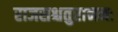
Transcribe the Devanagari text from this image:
राजसश्चतुराननः